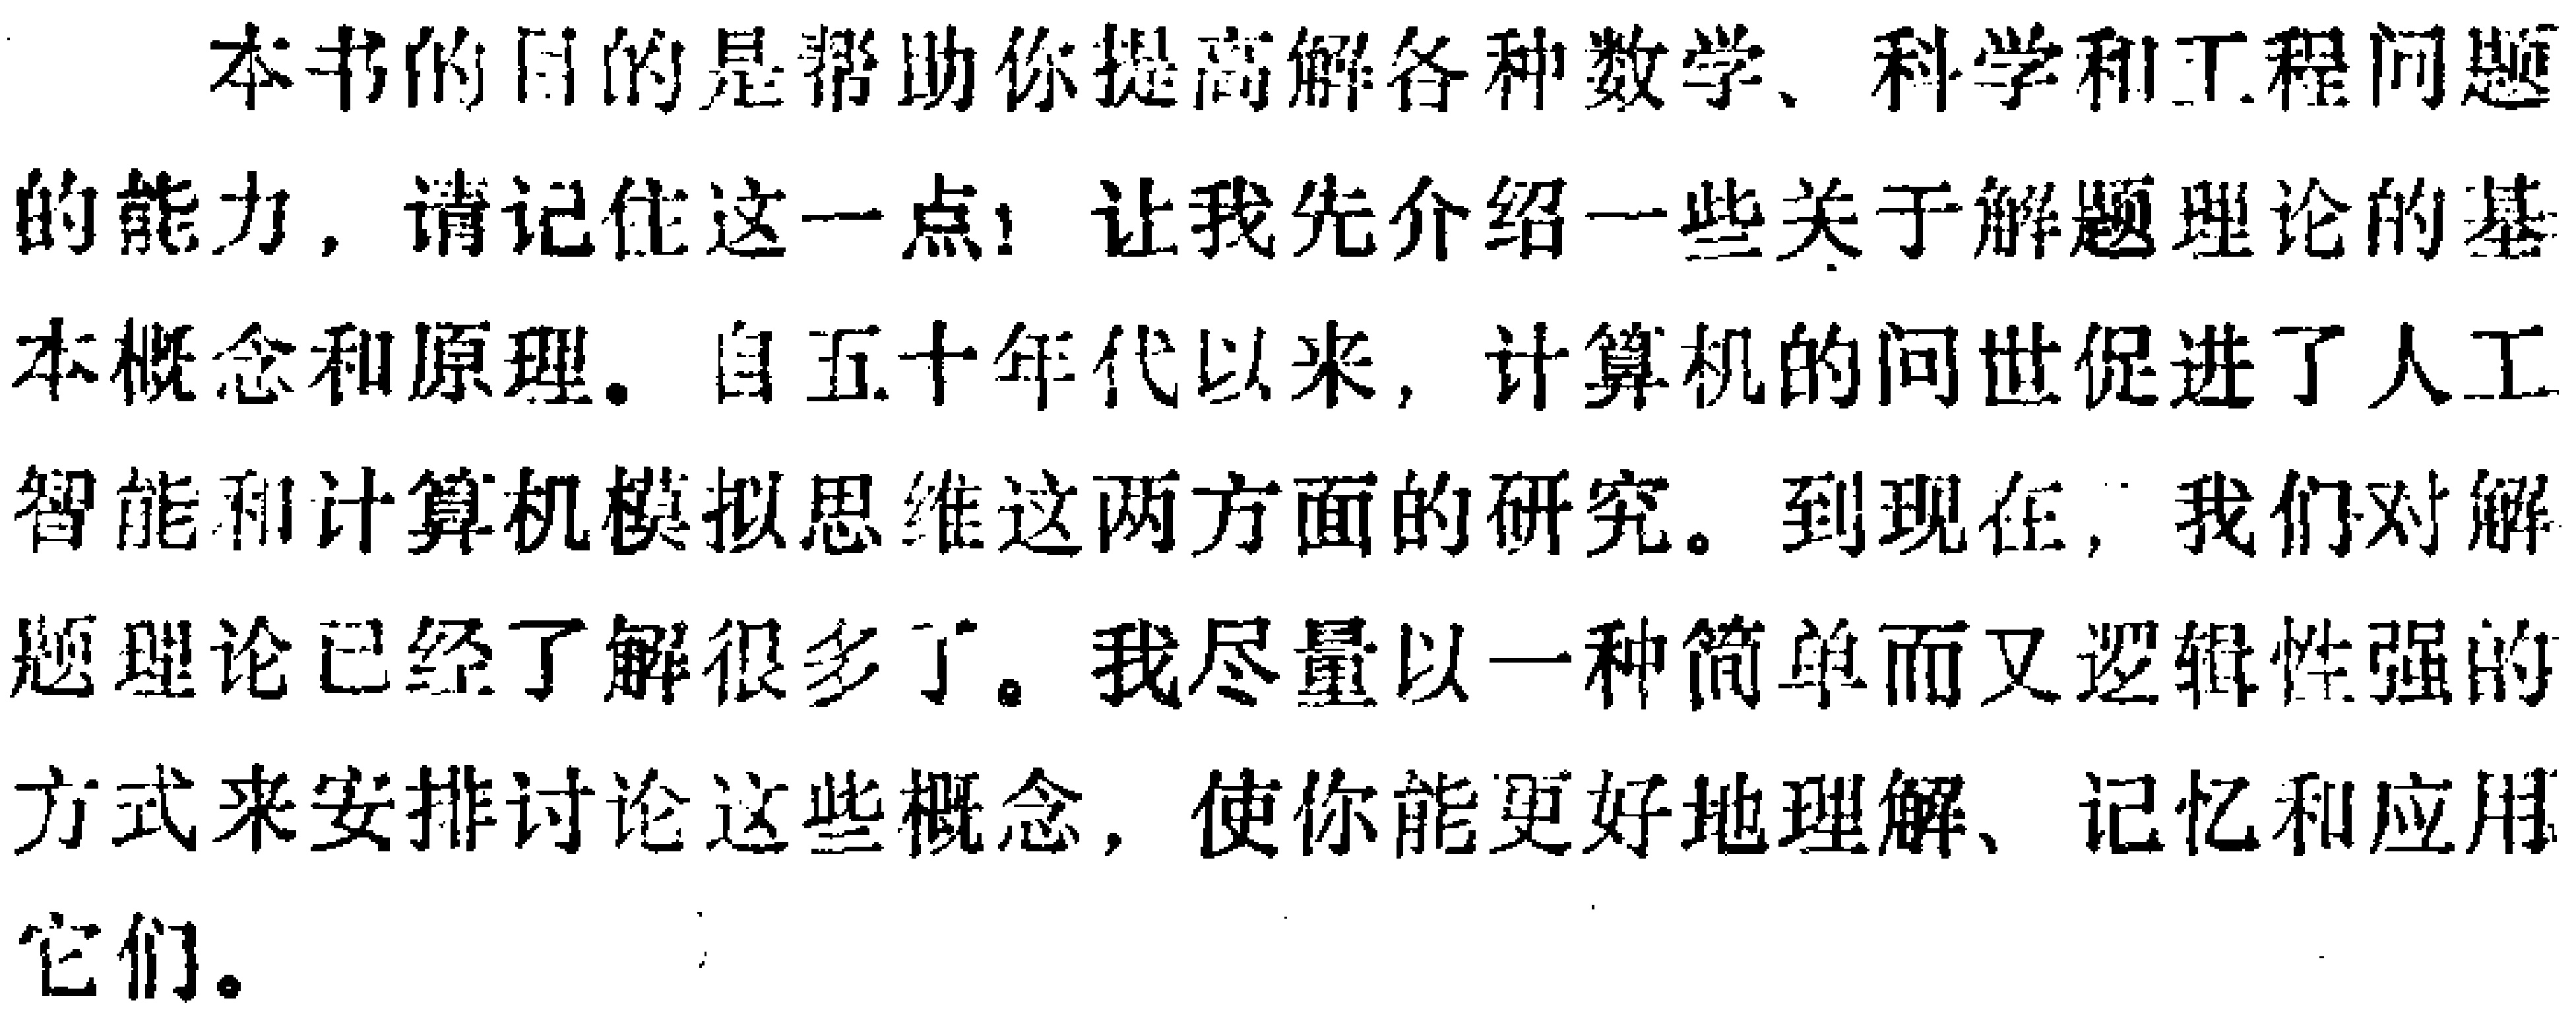
本书的目的是帮助你提高解各种数学、科学和工程问题的能力，请记住这一点！让我先介绍一些关于解题理论的基本概念和原理。自五十年代以来，计算机的问世促进了人工智能和计算机模拟思维这两方面的研究。到现在，我们对解题理论已经了解很多了。我尽量以一种简单而又逻辑性强的方式来安排讨论这些概念，使你能更好地理解、记忆和应用它们。